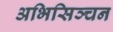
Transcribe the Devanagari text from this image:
अभिसिञ्चन